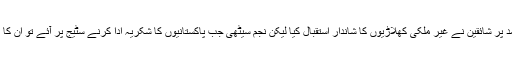
پشاور زلمی اور کوئٹہ گلیڈیٹرز کے کھلاڑیوں کی آمد پر شائقین نے غیر ملکی کھلاڑیوں کا شاندار استقبال کیا لیکن نجم سیٹھی جب پاکستانیوں کا شکریہ ادا کرنے سٹیج پر آئے تو ان کا پورا سٹیڈیم ” گو نواز گو“ کے نعروں سے گونج اٹھا۔